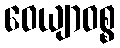
ဝေယျာဝစ္စ